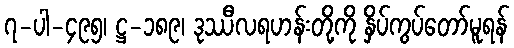
၇-ပါ-၄၉၅၊ ဋ္ဌ-၁၈၉၊ ဒုဿီလရဟန်းတို့ကို နှိပ်ကွပ်တော်မူရန်